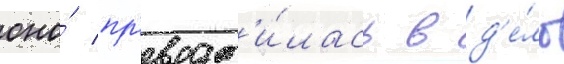
оно́ пр'еврат'и́лась в д'е́ло